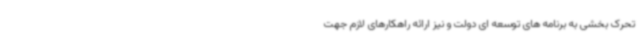
تحرک بخشی به برنامه های توسعه ای دولت و نیز ارائه راهکارهای لازم جهت